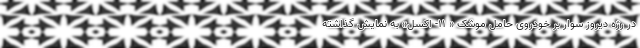
در رژه دیروز سوار بر خودروی حامل موشک « ۱۱- اکسل» به نمایش گذاشته